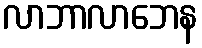
လာဘာလာဘေန